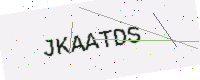
Text: JKAATDS